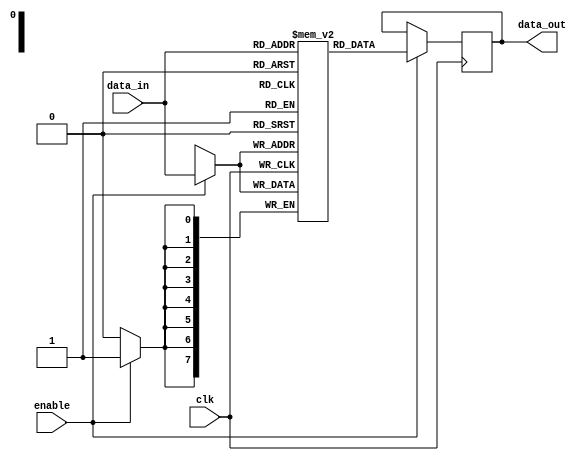
module memory_block (
    input wire clk,         // Global clock signal
    input wire enable,      // Enable signal for the memory block
    input wire [7:0] data_in, // Data input
    output reg [7:0] data_out // Data output
);

// Internal storage for the memory block
reg [7:0] memory [0:255]; // Example: 256 x 8-bit memory

always @(posedge clk) begin
    if (enable) begin
        // Perform read or write operations when enabled
        // Example: Write data to memory
        memory[data_in[7:0]] <= data_in; // Simple write operation
        data_out <= memory[data_in[7:0]]; // Simple read operation
    end
end

endmodule